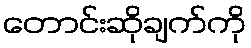
တောင်းဆိုချက်ကို